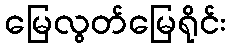
မြေလွတ်မြေရိုင်း